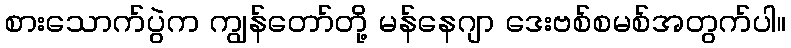
စားသောက်ပွဲက ကျွန်တော်တို့ မန်နေဂျာ ဒေးဗစ်စမစ်အတွက်ပါ။